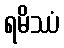
ရမိဿံ